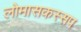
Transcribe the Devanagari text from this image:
लोमासकस्सप